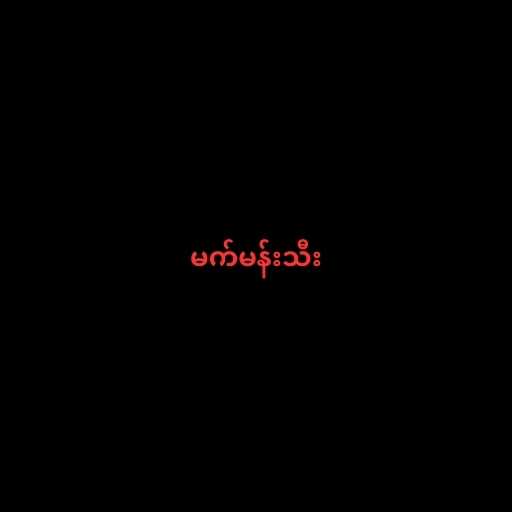
မက်မန်းသီး